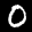
Label: 0